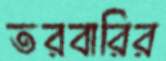
তরবারির